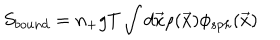
S _ { b o u n d } = n _ { + } g T \int d { \vec { x } } \rho ( { \vec { x } } ) \phi _ { s p h } ( { \vec { x } } )